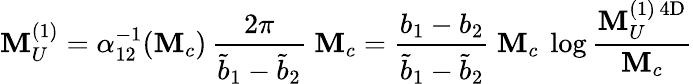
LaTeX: \mathbf{M}_{U}^{(1)}=\alpha_{12}^{-1}(\mathbf{M}_{c})\, \frac{{2\pi}}{{\widetilde{{b}}_{1}-\widetilde{{b}}_{2}}}\ \mathbf{M}_{c}=\frac{{b_{1}-b_{2}}}{{\widetilde{{b}}_{1}-\widetilde{{b}}_{2}}}\ \mathbf{M}_{c}\ \log\frac{{\mathbf{M}_{U}^{(1)\, \mathrm{{4D}}}}}{{\mathbf{M}_{c}}}